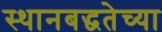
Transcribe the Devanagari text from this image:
स्थानबद्धतेच्या